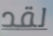
لقد